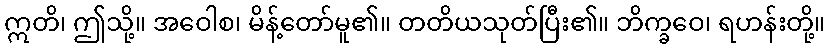
ဣတိ၊ ဤသို့။ အဝေါစ၊ မိန့်တော်မူ၏။ တတိယသုတ်ပြီး၏။ ဘိက္ခဝေ၊ ရဟန်းတို့။